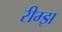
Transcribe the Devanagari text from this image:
रीम्झ